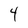
Character: 4